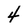
Character: 4